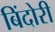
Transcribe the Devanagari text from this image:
बिंदोरी